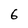
Character: 6